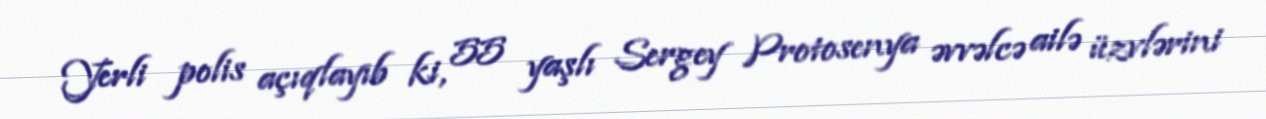
Yerli polis açıqlayıb ki, 55 yaşlı Sergey Protosenya əvvəlcə ailə üzvlərini